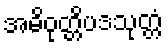
အဓိဝုတ္တိပဒသုတ္တံ